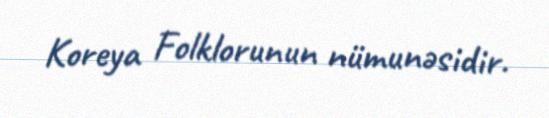
Koreya Folklorunun nümunəsidir.